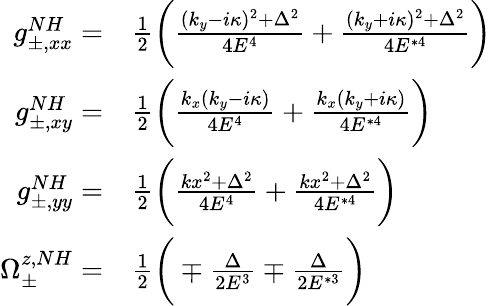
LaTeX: \begin{array}{rl}{g_{\pm,xx}^{NH}=}&{\frac{1}{2}\bigg(\frac{(k_{y}-i\kappa)^{2}+\Delta^{2}}{4E^{4}}+\frac{(k_{y}+i\kappa)^{2}+\Delta^{2}}{4E^{*4}}\bigg)}\\ {g_{\pm,xy}^{NH}=}&{\frac{1}{2}\bigg(\frac{k_{x}(k_{y}-i\kappa)}{4E^{4}}+\frac{k_{x}(k_{y}+i\kappa)}{4E^{*4}}\bigg)}\\ {g_{\pm,yy}^{NH}=}&{\frac{1}{2}\bigg(\frac{kx^{2}+\Delta^{2}}{4E^{4}}+\frac{kx^{2}+\Delta^{2}}{4E^{*4}}\bigg)}\\ {\Omega_{\pm}^{z,NH}=}&{\frac{1}{2}\bigg(\mp\frac{\Delta}{2E^{3}}\mp\frac{\Delta}{2E^{*3}}\bigg)}\end{array}